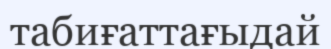
табиғаттағыдай